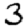
Digit: 3